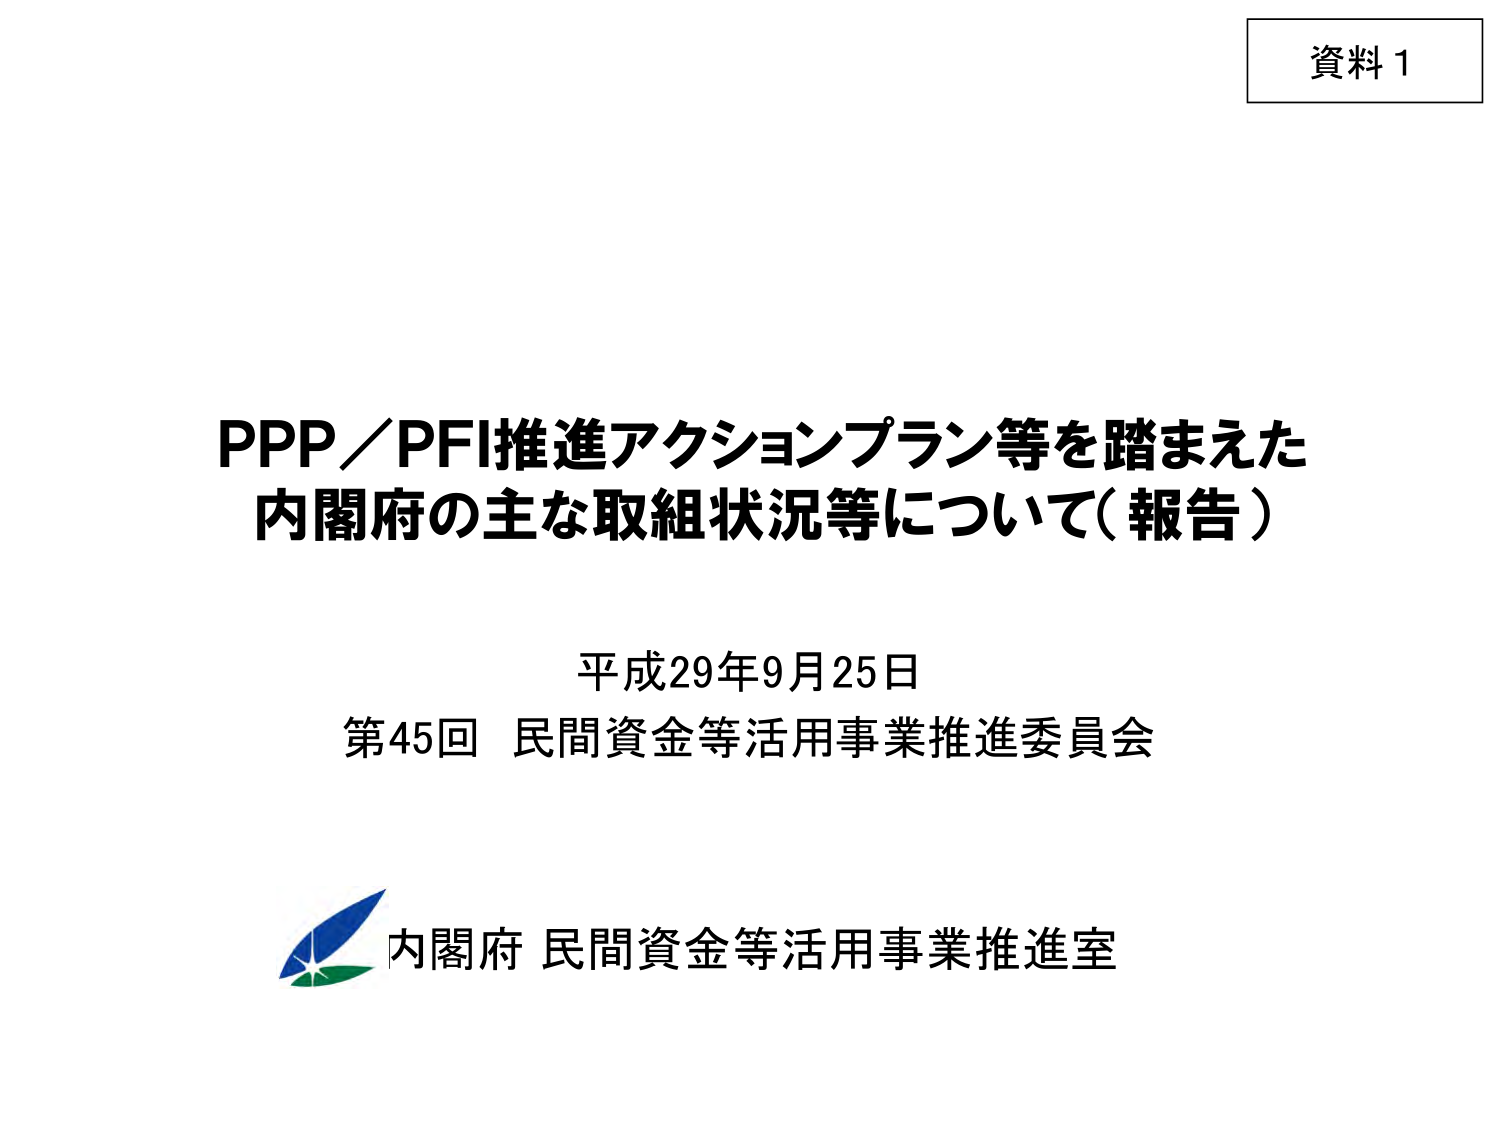
資料1

PPP／PFI推進アクションプラン等を踏まえた
内閣府の主な取組状況等について（報告）

平成29年9月25日
第45回 民間資金等活用事業推進委員会

内閣府 民間資金等活用事業推進室